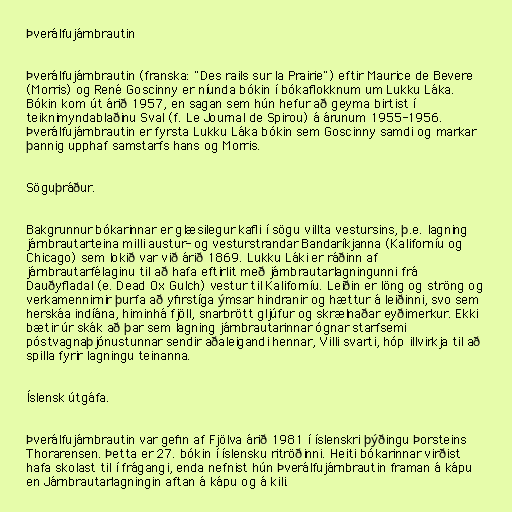
Þverálfujárnbrautin

Þverálfujárnbrautin (franska: "Des rails sur la Prairie") eftir Maurice de Bevere
(Morris) og René Goscinny er níunda bókin í bókaflokknum um Lukku Láka.
Bókin kom út árið 1957, en sagan sem hún hefur að geyma birtist í
teiknimyndablaðinu Sval (f. Le Journal de Spirou) á árunum 1955-1956.
Þverálfujárnbrautin er fyrsta Lukku Láka bókin sem Goscinny samdi og markar
þannig upphaf samstarfs hans og Morris.

Söguþráður.

Bakgrunnur bókarinnar er glæsilegur kafli í sögu villta vestursins, þ.e. lagning
járnbrautarteina milli austur- og vesturstrandar Bandaríkjanna (Kaliforníu og
Chicago) sem lokið var við árið 1869. Lukku Láki er ráðinn af
járnbrautarfélaginu til að hafa eftirlit með járnbrautarlagningunni frá
Dauðyfladal (e. Dead Ox Gulch) vestur til Kaliforníu. Leiðin er löng og ströng og
verkamennirnir þurfa að yfirstíga ýmsar hindranir og hættur á leiðinni, svo sem
herskáa indíána, himinhá fjöll, snarbrött gljúfur og skrælnaðar eyðimerkur. Ekki
bætir úr skák að þar sem lagning járnbrautarinnar ógnar starfsemi
póstvagnaþjónustunnar sendir aðaleigandi hennar, Villi svarti, hóp illvirkja til að
spilla fyrir lagningu teinanna.

Íslensk útgáfa.

Þverálfujárnbrautin var gefin af Fjölva árið 1981 í íslenskri þýðingu Þorsteins
Thorarensen. Þetta er 27. bókin í íslensku ritröðinni. Heiti bókarinnar virðist
hafa skolast til í frágangi, enda nefnist hún Þverálfujárnbrautin framan á kápu
en Járnbrautarlagningin aftan á kápu og á kili.